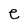
Character: e